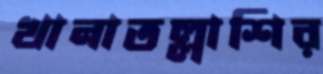
খানাতল্লাশির